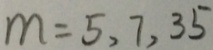
m = 5 , 7 , 3 5